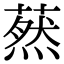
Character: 䔳